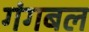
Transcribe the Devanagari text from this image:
गंगबल